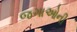
જગાઓની